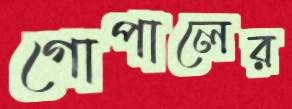
গোপালের